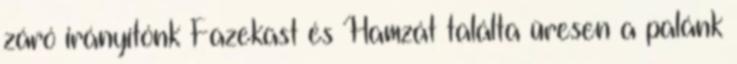
záró irányítónk Fazekast és Hamzát találta üresen a palánk